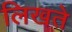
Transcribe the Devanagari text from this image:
लिखते